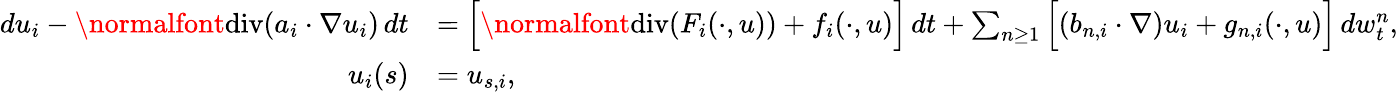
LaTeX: \begin{array}{rl}{du_{i}-\normalfont{\mathrm{div}}(a_{i}\cdot\nabla u_{i})\, dt}&{=\Big[\normalfont{\mathrm{div}}(F_{i}(\cdot,u))+f_{i}(\cdot,u)\Big]\, dt+\sum_{n\geq 1}\Big[(b_{n,i}\cdot\nabla)u_{i}+g_{n,i}(\cdot,u)\Big]\, dw_{t}^{n},}\\ {u_{i}(s)}&{=u_{s,i},}\end{array}